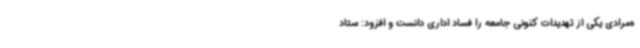
ه‌مرادی یکی از تهدیدات کنونی جامعه را فساد اداری دانست و افزود: ستاد